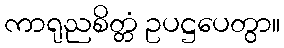
ကာရုညစိတ္တံ ဥပဋ္ဌပေတွာ။